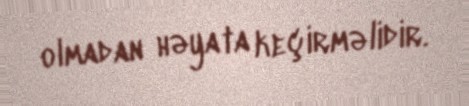
olmadan həyata keçirməlidir.